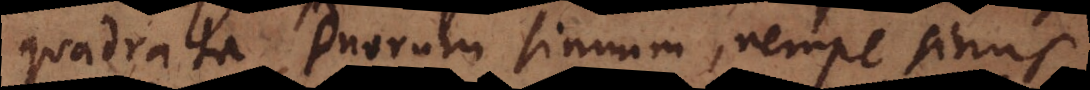
quadrata duorum sinuum, nempe sinus